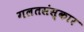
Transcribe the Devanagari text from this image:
गलतसंस्कार